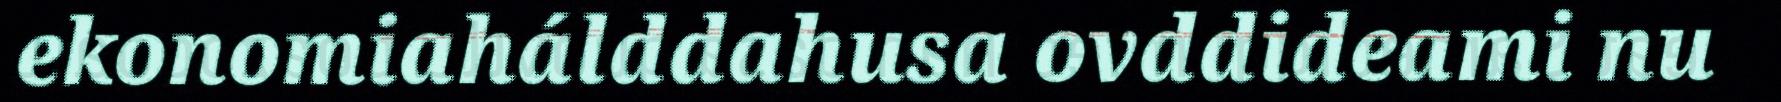
ekonomiahálddahusa ovddideami nu